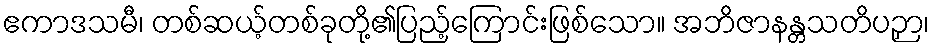
ဧကာဒသမီ၊ တစ်ဆယ့်တစ်ခုတို့၏ပြည့်ကြောင်းဖြစ်သော။ အဘိဇာနန္တသတိပဉှာ၊